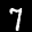
Label: 7